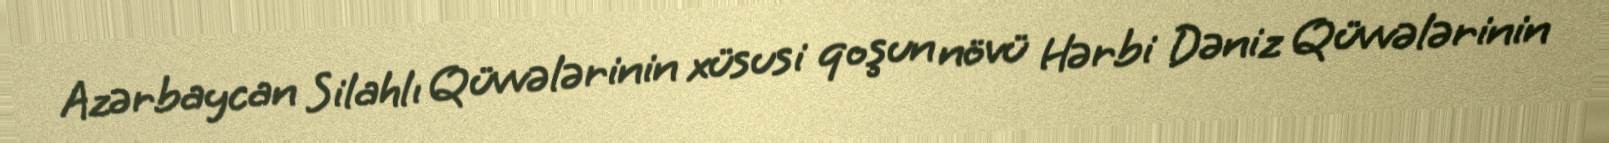
Azərbaycan Silahlı Qüvvələrinin xüsusi qoşun növü Hərbi Dəniz Qüvvələrinin